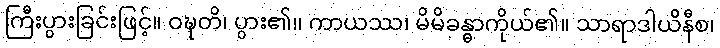
ကြီးပွားခြင်းဖြင့်။ ဝဍ္ဎတိ၊ ပွား၏။ ကာယဿ၊ မိမိခန္ဓာကိုယ်၏။ သာရာဒါယိနီစ၊